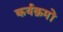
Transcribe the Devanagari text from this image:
कर्यक्रमों